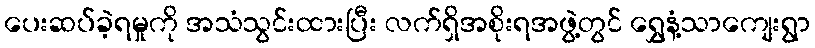
ပေးဆပ်ခဲ့ရမှုကို အသံသွင်းထားပြီး လက်ရှိအစိုးရအဖွဲ့တွင် ရွှေနံ့သာကျေးရွာ